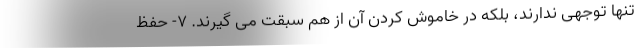
تنها توجهی ندارند، بلکه در خاموش کردن آن از هم سبقت می گیرند. 7- حفظ